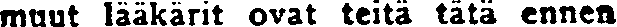
muut lääkärit ovat teitä tätä ennen